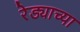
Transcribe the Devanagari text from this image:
रेड्याच्या